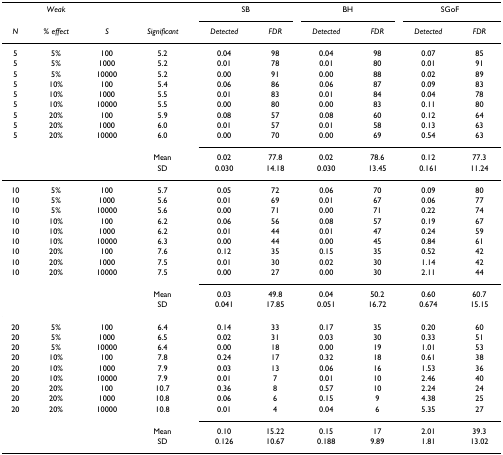
<table><thead><tr><td></td><td><b><i>Weak</i></b></td><td></td><td></td><td colspan="2"><b>SB</b></td><td colspan="2"><b>BH</b></td><td colspan="2"><b>SGoF</b></td></tr><tr><td><b><i>N</i></b></td><td><b><i>% effect</i></b></td><td><b><i>S</i></b></td><td><b><i>Significant</i></b></td><td><b><i>Detected</i></b></td><td><b><i>FDR</i></b></td><td><b><i>Detected</i></b></td><td><b><i>FDR</i></b></td><td><b><i>Detected</i></b></td><td><b><i>FDR</i></b></td></tr></thead><tbody><tr><td>5</td><td>5%</td><td>100</td><td>5.2</td><td>0.04</td><td>98</td><td>0.04</td><td>98</td><td>0.07</td><td>85</td></tr><tr><td>5</td><td>5%</td><td>1000</td><td>5.2</td><td>0.01</td><td>78</td><td>0.01</td><td>80</td><td>0.01</td><td>91</td></tr><tr><td>5</td><td>5%</td><td>10000</td><td>5.2</td><td>0.00</td><td>91</td><td>0.00</td><td>88</td><td>0.02</td><td>89</td></tr><tr><td>5</td><td>10%</td><td>100</td><td>5.4</td><td>0.06</td><td>86</td><td>0.06</td><td>87</td><td>0.09</td><td>83</td></tr><tr><td>5</td><td>10%</td><td>1000</td><td>5.5</td><td>0.01</td><td>83</td><td>0.01</td><td>84</td><td>0.04</td><td>78</td></tr><tr><td>5</td><td>10%</td><td>10000</td><td>5.5</td><td>0.00</td><td>80</td><td>0.00</td><td>83</td><td>0.11</td><td>80</td></tr><tr><td>5</td><td>20%</td><td>100</td><td>5.9</td><td>0.08</td><td>57</td><td>0.08</td><td>60</td><td>0.12</td><td>64</td></tr><tr><td>5</td><td>20%</td><td>1000</td><td>6.0</td><td>0.01</td><td>57</td><td>0.01</td><td>58</td><td>0.13</td><td>63</td></tr><tr><td>5</td><td>20%</td><td>10000</td><td>6.0</td><td>0.00</td><td>70</td><td>0.00</td><td>69</td><td>0.54</td><td>63</td></tr><tr><td></td><td></td><td></td><td>Mean</td><td>0.02</td><td>77.8</td><td>0.02</td><td>78.6</td><td>0.12</td><td>77.3</td></tr><tr><td></td><td></td><td></td><td>SD</td><td>0.030</td><td>14.18</td><td>0.030</td><td>13.45</td><td>0.161</td><td>11.24</td></tr><tr><td>10</td><td>5%</td><td>100</td><td>5.7</td><td>0.05</td><td>72</td><td>0.06</td><td>70</td><td>0.09</td><td>80</td></tr><tr><td>10</td><td>5%</td><td>1000</td><td>5.6</td><td>0.01</td><td>69</td><td>0.01</td><td>67</td><td>0.06</td><td>77</td></tr><tr><td>10</td><td>5%</td><td>10000</td><td>5.6</td><td>0.00</td><td>71</td><td>0.00</td><td>71</td><td>0.22</td><td>74</td></tr><tr><td>10</td><td>10%</td><td>100</td><td>6.2</td><td>0.06</td><td>56</td><td>0.08</td><td>57</td><td>0.19</td><td>67</td></tr><tr><td>10</td><td>10%</td><td>1000</td><td>6.2</td><td>0.01</td><td>44</td><td>0.01</td><td>47</td><td>0.24</td><td>59</td></tr><tr><td>10</td><td>10%</td><td>10000</td><td>6.3</td><td>0.00</td><td>44</td><td>0.00</td><td>45</td><td>0.84</td><td>61</td></tr><tr><td>10</td><td>20%</td><td>100</td><td>7.6</td><td>0.12</td><td>35</td><td>0.15</td><td>35</td><td>0.52</td><td>42</td></tr><tr><td>10</td><td>20%</td><td>1000</td><td>7.5</td><td>0.01</td><td>30</td><td>0.02</td><td>30</td><td>1.14</td><td>42</td></tr><tr><td>10</td><td>20%</td><td>10000</td><td>7.5</td><td>0.00</td><td>27</td><td>0.00</td><td>30</td><td>2.11</td><td>44</td></tr><tr><td></td><td></td><td></td><td>Mean</td><td>0.03</td><td>49.8</td><td>0.04</td><td>50.2</td><td>0.60</td><td>60.7</td></tr><tr><td></td><td></td><td></td><td>SD</td><td>0.041</td><td>17.85</td><td>0.051</td><td>16.72</td><td>0.674</td><td>15.15</td></tr><tr><td>20</td><td>5%</td><td>100</td><td>6.4</td><td>0.14</td><td>33</td><td>0.17</td><td>35</td><td>0.20</td><td>60</td></tr><tr><td>20</td><td>5%</td><td>1000</td><td>6.5</td><td>0.02</td><td>31</td><td>0.03</td><td>30</td><td>0.33</td><td>51</td></tr><tr><td>20</td><td>5%</td><td>10000</td><td>6.4</td><td>0.00</td><td>18</td><td>0.00</td><td>19</td><td>1.01</td><td>53</td></tr><tr><td>20</td><td>10%</td><td>100</td><td>7.8</td><td>0.24</td><td>17</td><td>0.32</td><td>18</td><td>0.61</td><td>38</td></tr><tr><td>20</td><td>10%</td><td>1000</td><td>7.9</td><td>0.03</td><td>13</td><td>0.06</td><td>16</td><td>1.53</td><td>36</td></tr><tr><td>20</td><td>10%</td><td>10000</td><td>7.9</td><td>0.01</td><td>7</td><td>0.01</td><td>10</td><td>2.46</td><td>40</td></tr><tr><td>20</td><td>20%</td><td>100</td><td>10.7</td><td>0.36</td><td>8</td><td>0.57</td><td>10</td><td>2.24</td><td>24</td></tr><tr><td>20</td><td>20%</td><td>1000</td><td>10.8</td><td>0.06</td><td>6</td><td>0.15</td><td>9</td><td>4.38</td><td>25</td></tr><tr><td>20</td><td>20%</td><td>10000</td><td>10.8</td><td>0.01</td><td>4</td><td>0.04</td><td>6</td><td>5.35</td><td>27</td></tr><tr><td></td><td></td><td></td><td>Mean</td><td>0.10</td><td>15.22</td><td>0.15</td><td>17</td><td>2.01</td><td>39.3</td></tr><tr><td></td><td></td><td></td><td>SD</td><td>0.126</td><td>10.67</td><td>0.188</td><td>9.89</td><td>1.81</td><td>13.02</td></tr></tbody></table>